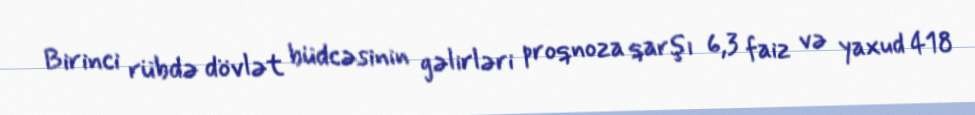
Birinci rübdə dövlət büdcəsinin gəlirləri proqnoza qarşı 6,3 faiz və yaxud 418